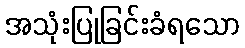
အသုံးပြုခြင်းခံရသော